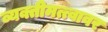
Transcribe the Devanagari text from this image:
व्यक्तीमत्त्वावर